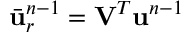
\bar { \ensuremath { \mathbf { u } } } _ { r } ^ { n - 1 } = \mathbf { V } ^ { T } \ensuremath { \mathbf { u } } ^ { n - 1 }